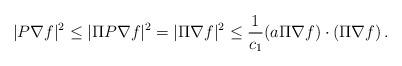
LaTeX: \begin{align*} |P\nabla f|^2 \le |\Pi P\nabla f|^2 = |\Pi \nabla f|^2 \le \frac{1}{c_1} (a\Pi \nabla f)\cdot (\Pi\nabla f)\,.\end{align*}